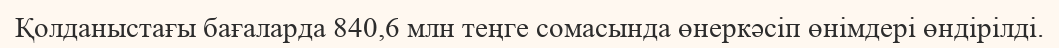
Қолданыстағы бағаларда 840,6 млн теңге сомасында өнеркәсіп өнімдері өндірілді.